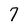
Character: 7